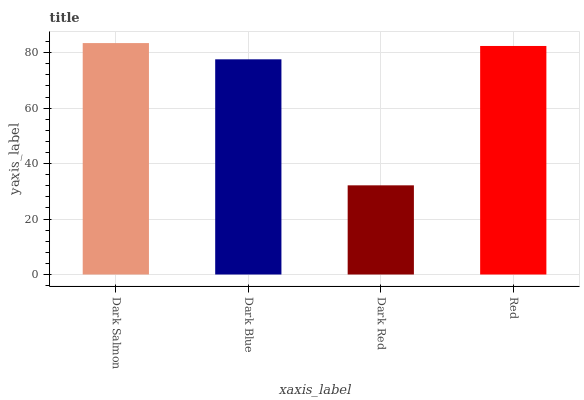
| xaxis_label | bars |
 | --- | --- |
 | Dark Salmon | 83.5 |
 | Dark Blue | 77.6 |
 | Dark Red | 32.2 |
 | Red | 82.4 |